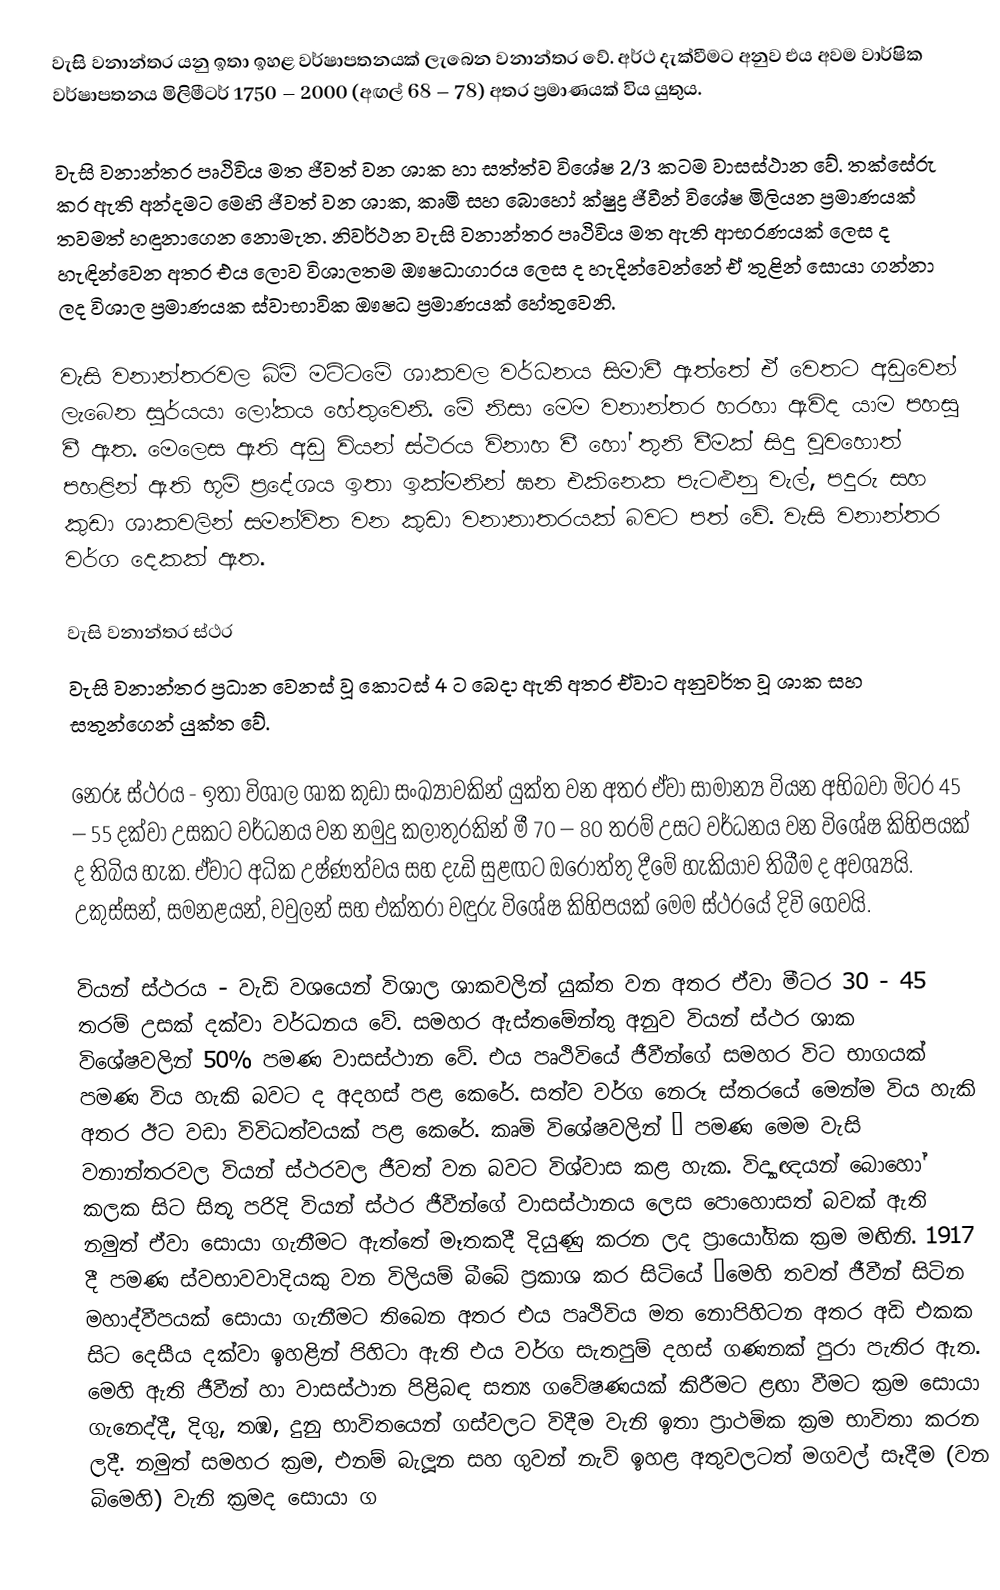
වැසි වනාන්තර යනු ඉතා ඉහළ වර්ෂාපතනයක් ලැබෙන වනාන්තර වේ. අර්ථ දැක්වීමට අනුව එය අවම වාර්ෂික වර්ෂාපතනය මිලිමීටර් 1750 – 2000 (අඟල් 68 – 78) අතර ප්‍රමාණයක් විය යුතුය.

වැසි වනාන්තර පෘථිවිය මත ජීවත් වන ශාක හා සත්ත්ව විශේෂ 2/3 කටම වාසස්ථාන වේ. තක්සේරු කර ඇති අන්දමට මෙහි ජීවත් වන ශාක, කෘමි සහ බොහෝ ක්ෂුද්‍ර ජීවීන් විශේෂ මිලියන ප්‍රමාණයක් තවමත් හඳුනාගෙන නොමැත. නිවර්ථන වැසි වනාන්තර පෘථිවිය මත ඇති ආභරණයක් ලෙස ද හැඳින්වෙන අතර එය ලොව විශාලතම ඖෂධාගාරය ලෙස ද හැදින්වෙන්නේ ඒ තුළින් සොයා ගන්නා ලද විශාල ප්‍රමාණයක ස්වාභාවික ඖෂධ ප්‍රමාණයක් හේතුවෙනි.

වැසි වනාන්තරවල බිම් මට්ටමේ ශාකවල වර්ධනය සිමාවී ඇත්තේ ඒ වෙතට අඩුවෙන් ලැබෙන සුර්යයා ලෝකය හේතුවෙනි. මේ නිසා මෙම ‍වනාන්තර හරහා ඇවිද යාම පහසු වී ඇත. මෙලෙස ඇති අඩු වියන් ස්ථරය විනාහ වී හෝ තුනි වීමක් සිදු වුවහොත් පහළින් ඇති භූමි ප්‍රදේශය ඉතා ඉක්මනින් ඝන එකිනෙක පැටළුනු වැල්, පදුරු සහ කුඩා ශාකවලින් සමන්විත වන කුඩා වනානාතරයක් බවට පත් වේ. වැසි වනාන්තර වර්ග දෙකක් ඇත.

වැසි වනාන්තර ස්ථර
වැසි වනාන්තර ප්‍රධාන වෙනස් වූ කොටස් 4 ට බෙදා ඇති අතර ඒවාට අනුවර්ත වූ ශාක සහ සතුන්ගෙන් යුක්ත වේ.

 නෙරූ ස්ථරය - ඉතා විශාල ශාක කුඩා සංඛ්‍යාවකින් යුක්ත වන අතර ඒවා සාමාන්‍ය වියන අභිබවා මිටර 45 – 55 දක්වා උසකට වර්ධනය වන නමුදු කලාතුරකින් මී 70 – 80 තරම් උසට වර්ධනය වන විශේෂ කිහිපයක් ද තිබිය හැක. ඒවාට අධික උෂ්ණත්වය සහ දැඩි සුළඟට ඔරොත්තු දීමේ හැකියාව තිබීම ද අවශ්‍යයි. උකුස්සන්, සමනළයන්, වවුලන් සහ එක්තරා වඳුරු විශේෂ කිහිපයක් මෙම ස්ථරයේ දිවි ගෙවයි.

 වියන් ස්ථරය - වැඩි වශයෙන් විශාල ශාකවලින් යුක්ත වන අතර ඒවා මීටර 30 - 45 තරම් උසක් දක්වා වර්ධනය වේ. සමහර ඇස්තමේන්තු අනුව වියන් ස්ථර ශාක විශේෂවලින් 50% පමණ වාසස්ථාන වේ. එය පෘථිවියේ ජීවීන්ගේ සමහර විට භාගයක් පමණ විය හැකි බවට ද අදහස් පළ කෙරේ. සත්ව වර්ග නෙරූ ස්තරයේ මෙන්ම විය හැකි අතර ඊට වඩා විවිධත්වයක් පළ කෙරේ. කෘමි විශේෂවලින් ¼ පමණ මෙම වැසි වනාන්තරවල වියන් ස්ථරවල ජීවත් වන බවට විශ්වාස කළ හැක. විද්‍යාඥයන් බොහෝ කලක සිට සිතූ පරිදි වියන් ස්ථර ජීවීන්ගේ වාසස්ථානය ලෙස පොහොසත් බවක් ඇති නමුත් ඒවා සොයා ගැනීමට ඇත්තේ මෑතකදී දියුණු කරන ලද ප්‍රායෝගික ක්‍රම මඟිනි. 1917 දී පමණ ස්වභාවවාදියකු වන විලියම් බීබේ ප්‍රකාශ කර සිටියේ “මෙහි තවත් ජීවීන් සිටින මහාද්වීපයක් සොයා ගැනීමට තිබෙන අතර එය පෘථිවිය මත නොපිහිටන අතර අඩි එකක සිට දෙසීය දක්වා ඉහළින් පිහිටා ඇති එය වර්ග සැතපුම් දහස් ගණනක් පුරා පැතිර ඇත. මෙහි ඇති ජීවීන් හා වාසස්ථාන පිළිබඳ සත්‍ය ගවේෂණයක් කිරීමට ළඟා වීමට ක්‍රම සොයා ගැනෙද්දී, දිගු, තඹ, දුනු භාවිතයෙන් ගස්වලට විදීම වැනි ඉතා ප්‍රාථමික ක්‍රම භාවිතා කරන ලදී. නමුත් සමහර ක්‍රම, එනම් බැලූන සහ ගුවන් නැව් ඉහළ අතුවලටත් මගවල් සෑදීම (වන බිමෙහි) වැනි ක්‍රමද සොයා ග